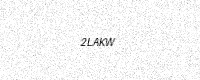
Text: 2LAKW